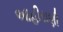
આહીરાણી